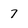
Character: 7